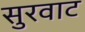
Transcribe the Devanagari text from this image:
सुरवाट